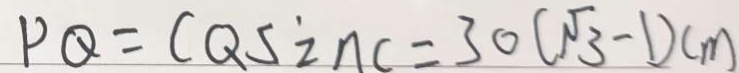
P Q = C Q \sin c = 3 0 ( \sqrt { 3 } - 1 ) c m